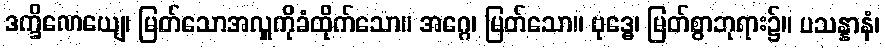
ဒက္ခိဏေယျေ၊ မြတ်သောအလှူကိုခံထိုက်သော။ အဂ္ဂေ၊ မြတ်သော။ ဗုဒ္ဓေ၊ မြတ်စွာဘုရား၌။ ပသန္နာနံ၊